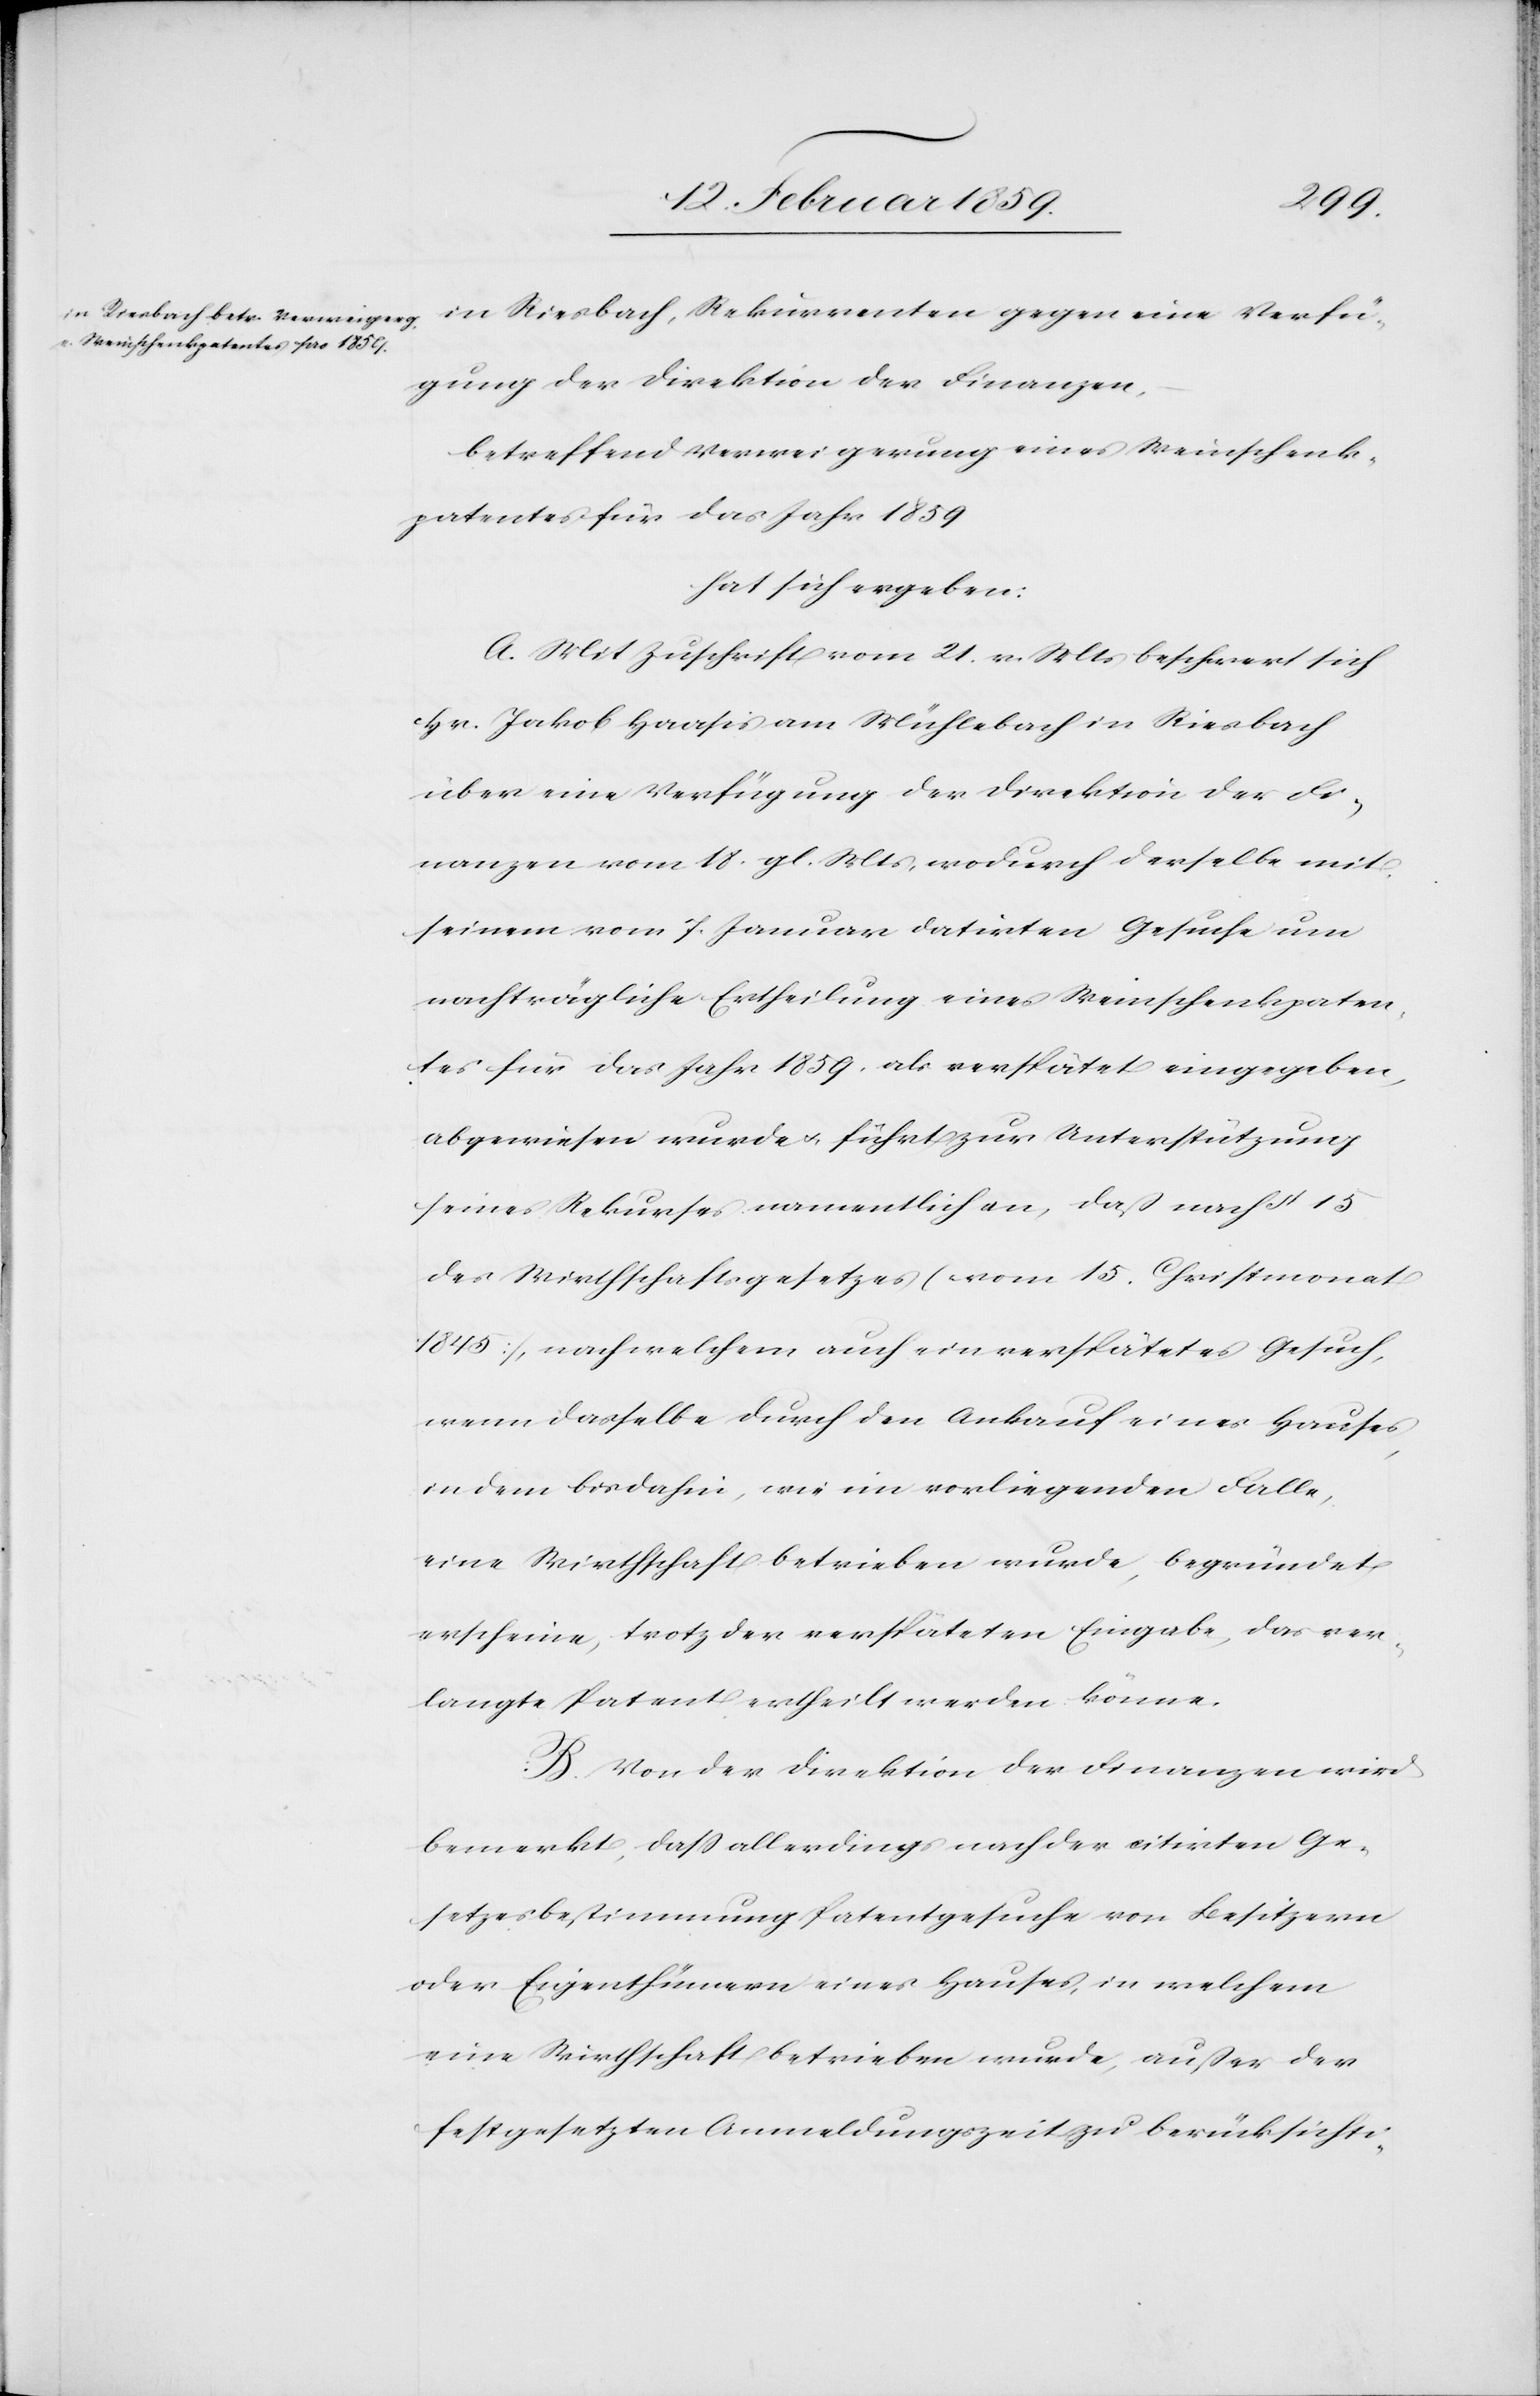
Verfü¬
gung der Direktion der Finanzen,
betreffend Verweigerung eines Weinschenk¬
patentes für das Jahr 1859
hat sich ergeben:
A. Mit Zuschrift vom 21. v. Mts beschwert sich
Hr. Jakob Haasis am Mühlebach in Riesbach
über eine Verfügung der Direktion der Fi¬
nanzen vom 18. gl. Mts, wodurch derselbe mit
seinem vom 7. Januar datirten Gesuche um
nachträgliche Ertheilung eines Weinschenkpaten¬
tes für das Jahr 1859, als verspätet eingegeben,
abgewiesen wurde u. führt zur Unterstützung
seines Rekurses namentlich an, daß nach § 15
des Wirthschaftsgesetzes (vom 15. Christmonat
1845), nach welchem auch ein verspätetes Gesuch,
wenn dasselbe durch den Ankauf eines Hauses,
in dem bis dahin, wie im vorliegenden Falle,
eine Wirthschaft betrieben wurde, begründet
erscheine, trotz der verspäteten Eingabe, das ver¬
langte Patent ertheilt werden könne.
B. Von der Direktion der Finanzen wird
bemerkt, daß allerdings nach der citirten Ge¬
setzesbestimmung Patentgesuche von Besitzern
oder Eigenthümern eines Hauses, in welchem
eine Wirthschaft betrieben wurde, außer der
festgesetzten Anmeldungszeit zu berücksichti-